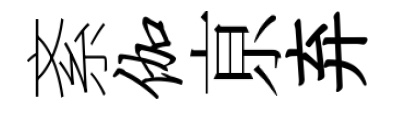
紊伽亰弃